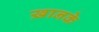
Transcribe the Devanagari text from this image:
ख़ानके